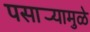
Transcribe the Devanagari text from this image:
पसार्‍यामुळे